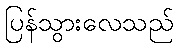
ပြန်သွားလေသည်